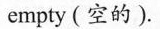
empty (空的).